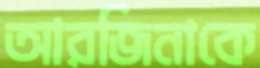
আরজিনাকে